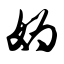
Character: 妫